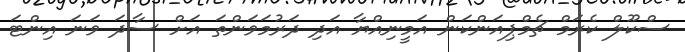
ސްކޫލް ކެރަމް ޗެމްޕިއަންކަން އަމީނިއްޔާ އަދި ދަރުމަވަންތަ އަށް ސާދަ ވަނަ އިންޓަ